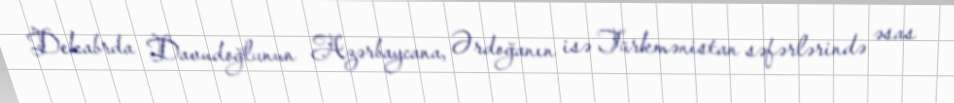
Dekabrda Davudoğlunun Azərbaycana, Ərdoğanın isə Türkmənistan səfərlərində əsas